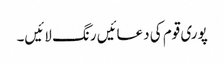
پوری قوم کی دعائیں رنگ لائیں۔